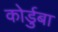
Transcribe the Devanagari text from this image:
कोर्डुबा